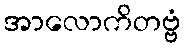
အာလောကိတဗ္ဗံ